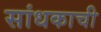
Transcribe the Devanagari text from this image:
सांधकाची